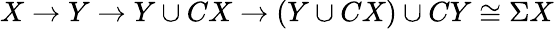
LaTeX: X\rightarrow Y\rightarrow Y\cup CX\rightarrow(Y\cup CX)\cup CY\cong\Sigma X